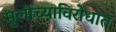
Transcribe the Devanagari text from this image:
मुलींच्याविरोधात